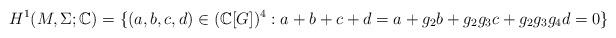
LaTeX: \begin{align*}H^1(M,\Sigma;\mathbb{C})=\{(a,b,c,d)\in (\mathbb{C}[G])^4:a+b+c+d=a+g_2b+g_2g_3c+g_2g_3g_4d=0\}\end{align*}